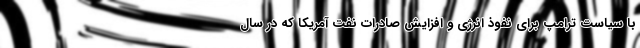
با سیاست ترامپ برای نفوذ انرژی و افزایش صادرات نفت آمریکا که در سال